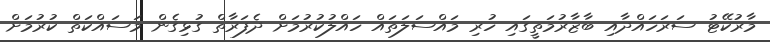
މާރުކޭޓު ސަރަހައްދާއި ބާޒާރުމަތީގައި ހުރި މައްސަލަތައް ހައްލުކުރުމަށް ދެފަރާތް ގުޅިގެން މަސައްކަތް ކުރުމަށް